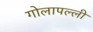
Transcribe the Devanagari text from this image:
गोलापल्ली